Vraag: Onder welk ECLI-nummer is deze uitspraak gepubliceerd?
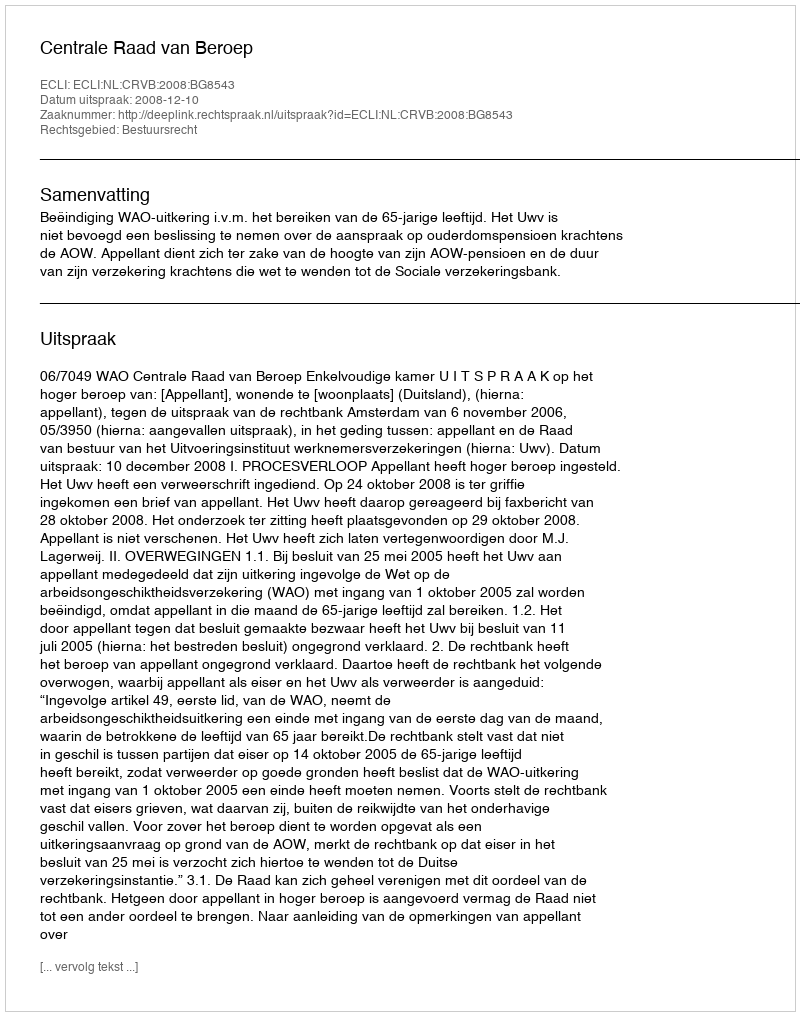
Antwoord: ECLI:NL:CRVB:2008:BG8543